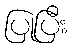
ပြုပြီး